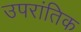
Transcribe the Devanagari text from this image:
उपरांतिक